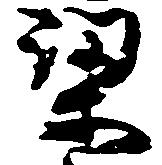
梁